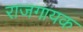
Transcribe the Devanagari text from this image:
राजगायक